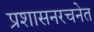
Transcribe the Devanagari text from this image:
प्रशासनरचनेत